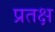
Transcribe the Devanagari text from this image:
प्रतक्ष